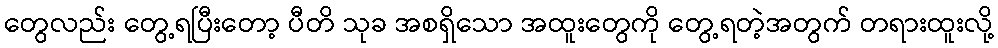
တွေလည်း တွေ့ရပြီးတော့ ပီတိ သုခ အစရှိသော အထူးတွေကို တွေ့ရတဲ့အတွက် တရားထူးလို့